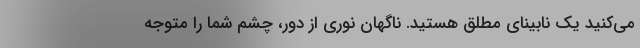
می‌کنید یک نابینای مطلق هستید. ناگهان نوری از دور، چشم شما را متوجه